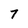
Character: 7